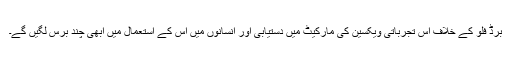
برڈ فلو کے خلاف اس تجرباتی ویکسین کی مارکیٹ میں دستیابی اور انسانوں میں اس کے استعمال میں ابھی چند برس لگیں گے۔